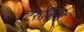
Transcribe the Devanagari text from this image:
टैराबिनी